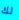
لك